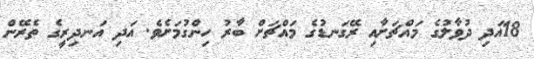
18އަދި ދުވާލުގެ މައްޗަށާއި ރޭގަނޑުގެ މައްޗަށް ބާރު ހިންގުމަށެވެ. އަދި އަނދިރީގެ ތެރޭން